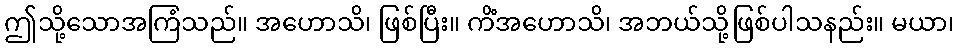
ဤသို့သောအကြံသည်။ အဟောသိ၊ ဖြစ်ပြီး။ ကိံအဟောသိ၊ အဘယ်သို့ဖြစ်ပါသနည်း။ မယာ၊